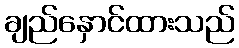
ချည်နှောင်ထားသည်